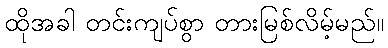
ထိုအခါ တင်းကျပ်စွာ တားမြစ်လိမ့်မည်။